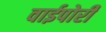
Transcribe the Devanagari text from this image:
वाईपोरी